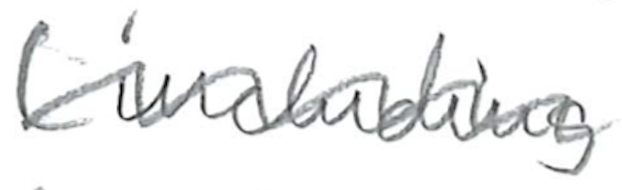
Text: (including
Cross-out: mix
Writing tool: pencil